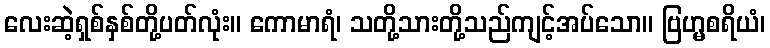
လေးဆဲ့ရှစ်နှစ်တို့ပတ်လုံး။ ကောမာရံ၊ သတို့သားတို့သည်ကျင့်အပ်သော။ ဗြဟ္မစရိယံ၊